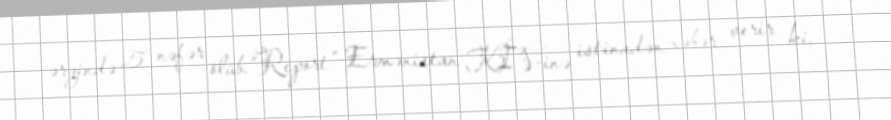
ərzində 5 nəfər ölüb.“Report” Ermənistan KİV-inə istinadən xəbər verir ki,